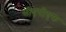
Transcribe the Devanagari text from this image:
सीएपीएफ